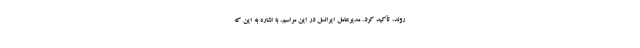
روند، تأکید کرد. مدیرعامل ایرانسل در این مراسم، با اشاره به این که